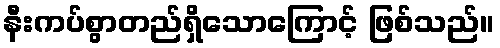
နီးကပ်စွာတည်ရှိသောကြောင့် ဖြစ်သည်။